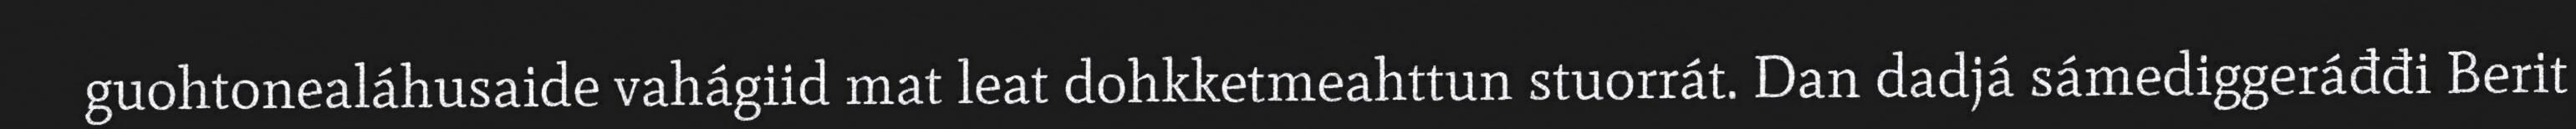
guohtonealáhusaide vahágiid mat leat dohkketmeahttun stuorrát. Dan dadjá sámediggeráđđi Berit